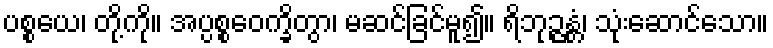
ပစ္စယေ၊ တို့ကို။ အပ္ပစ္စဝေက္ခိတွာ၊ မဆင်ခြင်မူ၍။ ရိဘုဉ္ဇန္တံ၊ သုံးဆောင်သော။